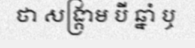
ថា សង្គ្រាម បី ឆ្នាំ ឬ